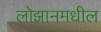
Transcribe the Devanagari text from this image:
लोझानमधील